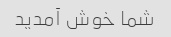
شما خوش آمدید